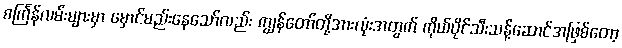
စင်္ကြန်လမ်းများမှာ မှောင်မည်းနေသော်လည်း ကျွန်တော်တို့အားလုံးအတွက် ကိုယ်ပိုင်သီးသန့်ဆောင်အဖြစ်တော့